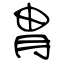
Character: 冑